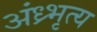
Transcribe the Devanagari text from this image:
अंध्र्भृत्य